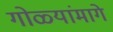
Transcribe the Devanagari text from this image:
गोळ्यांमागे